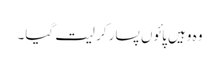
وہ وہیں پائوں پسار کر لیت گیا۔